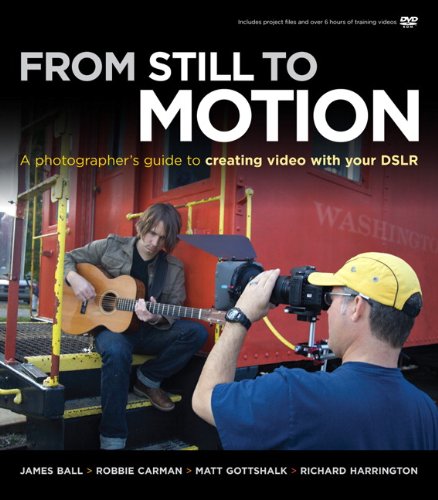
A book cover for From Still to Motion: A photographer's guide to creating video with your DSLR (Voices That Matter); James Ball; Arts & Photography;